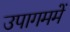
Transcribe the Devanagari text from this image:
उपागममें